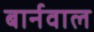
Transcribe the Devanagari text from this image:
बार्नवाल